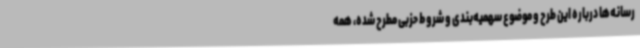
رسانه‌ها درباره این طرح و موضوع سهمیه‌بندی و شروط حزبی مطرح شده، همه